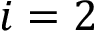
i = 2